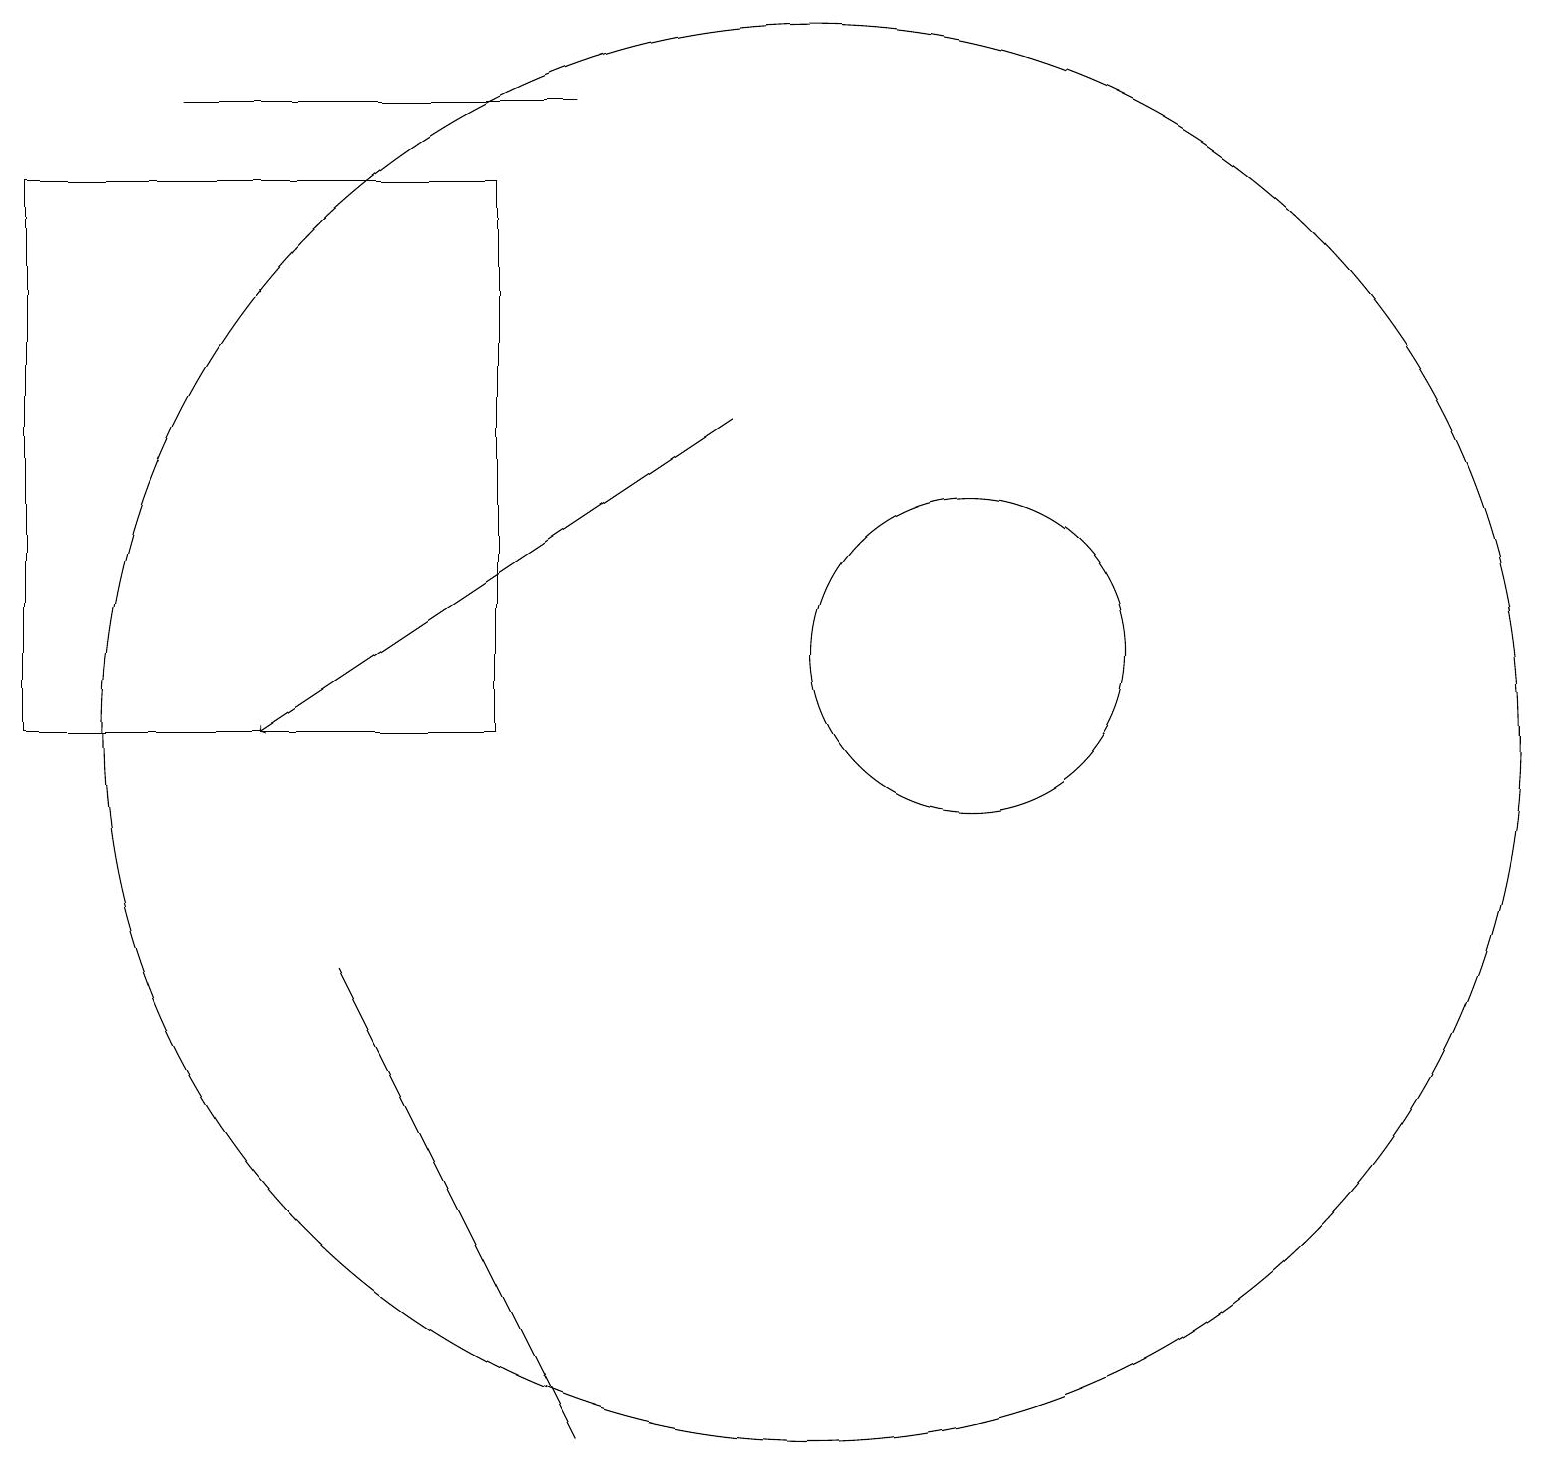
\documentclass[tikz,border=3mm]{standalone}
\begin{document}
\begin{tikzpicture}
\draw (4,7) -- (6,3) -- (7,1) -- cycle;
\draw (12,11) circle (2);
\draw (0,17) rectangle (6,10);
\draw (7,18) rectangle (2,18);
\draw (10,10) circle (9);
\draw[->] (9,14) -- (3,10);
\draw (10,10) circle (0);
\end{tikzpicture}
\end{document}